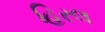
હિરલ